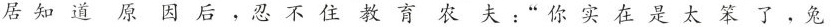
居知道原因后，忍不住教育农夫：“你实在是太笨，兔